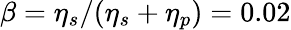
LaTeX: \beta=\eta_{s}/(\eta_{s}+\eta_{p})=0.02